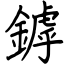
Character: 鏬